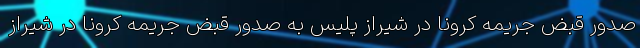
صدور قبض جریمه کرونا در شیراز پلیس به صدور قبض جریمه کرونا در شیراز